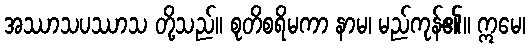
အဿာသပဿာသ တို့သည်။ စုတိစရိမကာ နာမ၊ မည်ကုန်၏။ ဣမေ၊